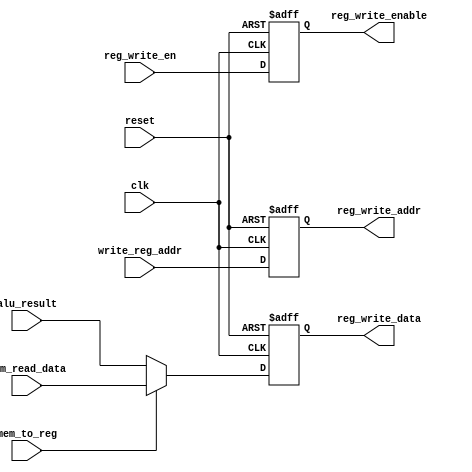
module wb_logic(
    input wire clk,                     // Clock signal
    input wire reset,                   // Synchronous reset
    input wire mem_to_reg,              // Control signal to select memory read value or ALU result
    input wire [31:0] alu_result,       // Result from the ALU
    input wire [31:0] mem_read_data,    // Data read from data memory
    input wire [4:0] write_reg_addr,    // Register to write to
    input wire reg_write_en,            // Register write enable signal
    output reg [4:0] reg_write_addr,    // Address to write in the register file
    output reg [31:0] reg_write_data,   // Data to write into the register file
    output reg reg_write_enable         // Enable signal for register file write
);

    always @(posedge clk or posedge reset) begin
        if (reset) begin
            // Reset write-back logic if reset signal is asserted
            reg_write_addr <= 5'b0;
            reg_write_data <= 32'b0;
            reg_write_enable <= 1'b0;
        end else begin
            // Update write-back data and address based on control signals
            reg_write_addr <= write_reg_addr;
            reg_write_enable <= reg_write_en;
            reg_write_data <= mem_to_reg ? mem_read_data : alu_result;
        end
    end

endmodule